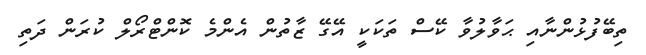
ތިބޭފުޅުންނާއި ޙަވާލުވާ ކޭސް ތަކަކީ އޭގޭ ޒާތުން އެންމެ ކޮންޓްރޯލް ކުރަން ދަތި